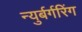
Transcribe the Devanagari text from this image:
न्युर्बर्गरिंग